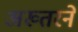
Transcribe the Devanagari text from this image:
अख्तरने